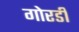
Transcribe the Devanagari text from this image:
गोरडी